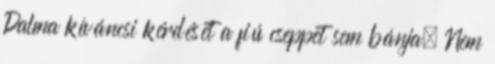
Dalma kíváncsi kérdését a fiú cseppet sem bánja. Nem